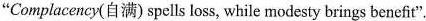
"Complacency(自满)spells loss, while modesty brings benefit".